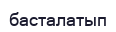
басталатып